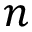
n